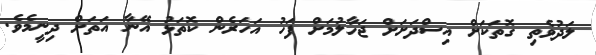
ލަދުވެތި ގޮތަކަށް އިސްދަށަށް ޖަހާލުމަށް ފަހު އަހަރެން ކޮތަޅު އޭނާ އަތަށް ދިނީމެވެ.